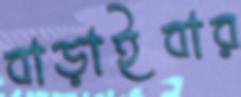
বাড়াইবার